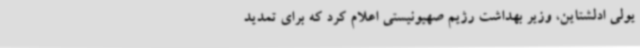
یولی ادلشتاین، وزیر بهداشت رژیم صهیونیستی اعلام کرد که برای تمدید